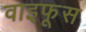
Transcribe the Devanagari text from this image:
वाइफूस